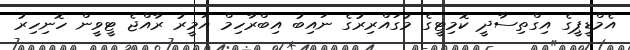
އެމްޑީޕީގެ އިގްތިސާދީ ކޮމިޓީގެ މުގައްރިރުގެ ނައިބު އިބްރާހިމް އަމީރު ރާއްޖެ ޓީވީން ހޮނިހިރު